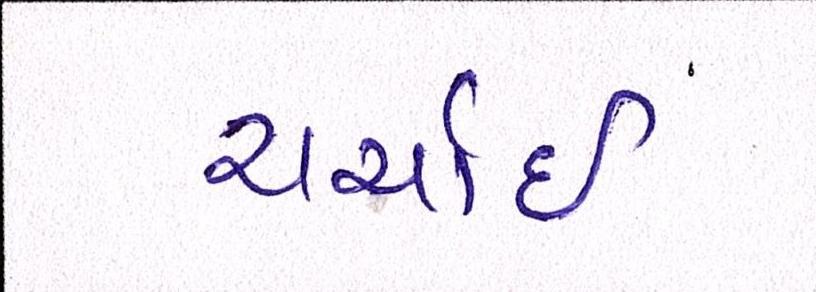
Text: ચર્ચાઇ